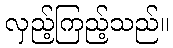
လှည့်ကြည့်သည်။